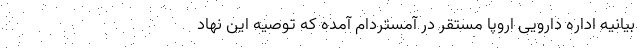
بیانیه اداره دارویی اروپا مستقر در آمستردام آمده که توصیه این نهاد